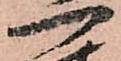
一